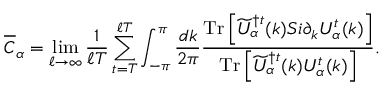
\overline { { C } } _ { \alpha } = \operatorname* { l i m } _ { \ell \rightarrow \infty } \frac { 1 } { \ell T } \sum _ { t = T } ^ { \ell T } \int _ { - \pi } ^ { \pi } \frac { d k } { 2 \pi } \frac { \mathrm { T r } \left[ \widetilde { U } _ { \alpha } ^ { \dagger t } ( k ) { \cal S } i \partial _ { k } U _ { \alpha } ^ { t } ( k ) \right] } { \mathrm { T r } \left[ \widetilde { U } _ { \alpha } ^ { \dagger t } ( k ) U _ { \alpha } ^ { t } ( k ) \right] } .